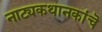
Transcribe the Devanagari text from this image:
नाट्यकथानकांचॆ